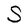
Character: S